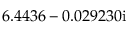
6 . 4 4 3 6 - 0 . 0 2 9 2 3 0 \mathrm { i }